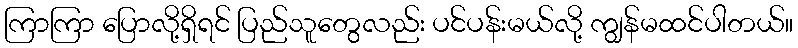
ကြာကြာ ပြောလို့ရှိရင် ပြည်သူတွေလည်း ပင်ပန်းမယ်လို့ ကျွန်မထင်ပါတယ်။